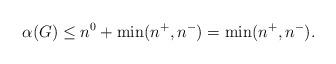
LaTeX: \begin{align*}\alpha (G) \le n^0 + \min(n^+ , n^-) = \min(n^+ , n^-).\end{align*}